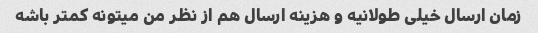
زمان ارسال خیلی طولانیه و هزینه ارسال هم از نظر من میتونه کمتر باشه